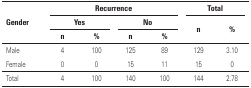
<table><thead><tr><td rowspan="3"><b>Gender</b></td><td colspan="4"><b>Recurrence</b></td><td colspan="2"><b>Total</b></td></tr><tr><td colspan="2"><b>Yes</b></td><td colspan="2"><b>No</b></td><td rowspan="2"><b>n</b></td><td rowspan="2"><b>%</b></td></tr><tr><td><b>n</b></td><td><b>%</b></td><td><b>n</b></td><td><b>%</b></td></tr></thead><tbody><tr><td>Male</td><td>4</td><td>100</td><td>125</td><td>89</td><td>129</td><td>3.10</td></tr><tr><td>Female</td><td>0</td><td>0</td><td>15</td><td>11</td><td>15</td><td>0</td></tr><tr><td>Total</td><td>4</td><td>100</td><td>140</td><td>100</td><td>144</td><td>2.78</td></tr></tbody></table>